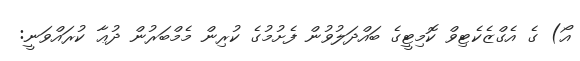
އޯ) ގެ އެގްޒެކެޓިވް ކޮމިޓީގެ ބައްދަލުވުން ފެށުމުގެ ކުރިން މެމްބަރުން ދުޢާ ކުރައްވަނީ: